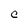
Character: C